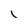
Character: i